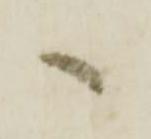
へ